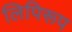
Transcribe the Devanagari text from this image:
लिपिरूप